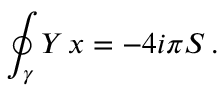
\oint _ { \gamma } Y \, \d x = - 4 i \pi S \, .